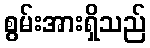
စွမ်းအားရှိသည်